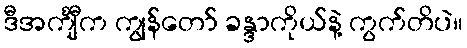
ဒီအင်္ကျီက ကျွန်တော် ခန္ဒာကိုယ်နဲ့ ကွက်တိပဲ။